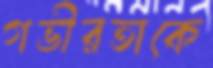
গভীরতাকে